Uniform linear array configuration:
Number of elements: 4
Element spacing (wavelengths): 1
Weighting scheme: hamming
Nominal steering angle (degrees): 0
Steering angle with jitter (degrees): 0.1511
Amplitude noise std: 0.05
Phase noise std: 0.05

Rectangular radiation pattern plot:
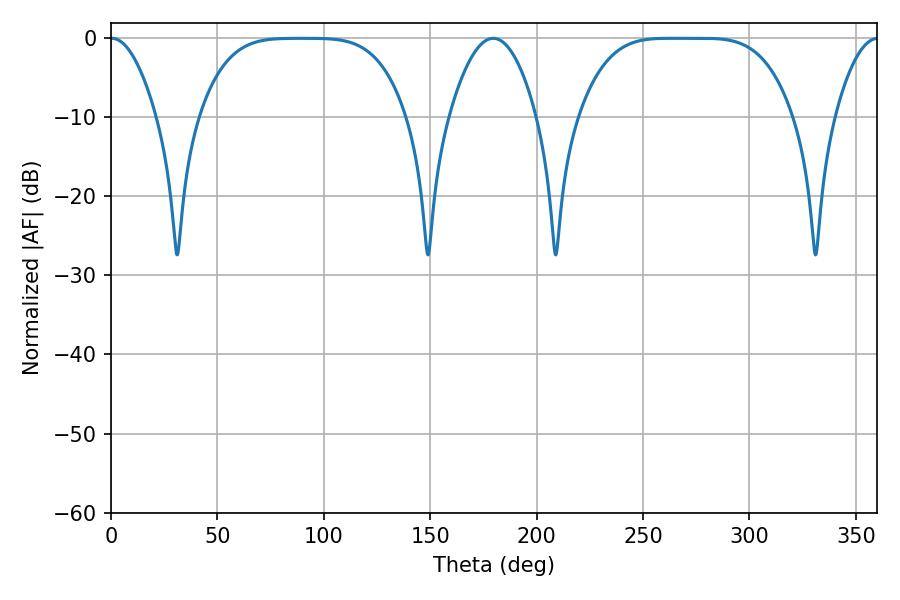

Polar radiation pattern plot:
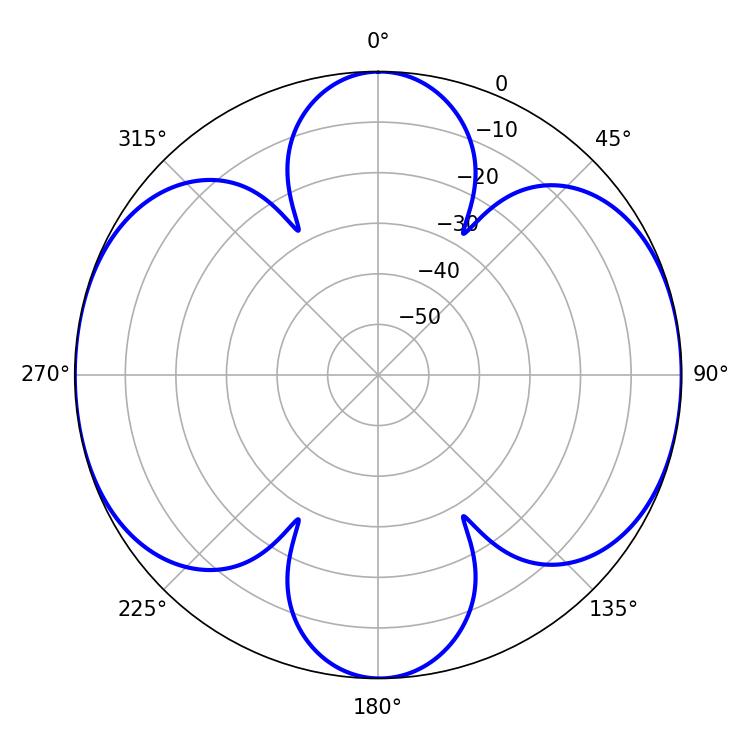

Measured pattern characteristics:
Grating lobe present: TRUE
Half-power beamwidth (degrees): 74.52
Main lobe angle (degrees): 263.34